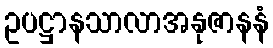
ဥပဋ္ဌာနသာလာအနုဇာနနံ